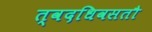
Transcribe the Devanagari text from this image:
त्वदधिवसतौ